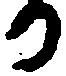
か